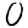
Digit: 0